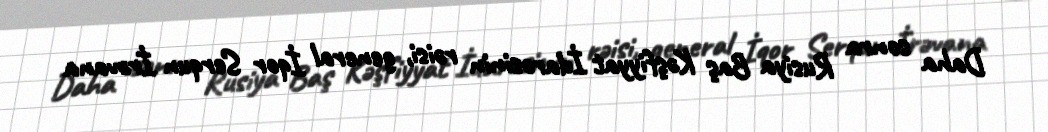
Daha sonra Rusiya Baş Kəşfiyyat İdarəsinin rəisi, general İqor Serqun İrəvana